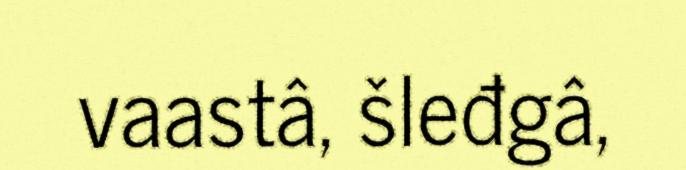
vaastâ, šleđgâ,